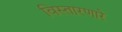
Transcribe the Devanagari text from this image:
विस्तारणारे